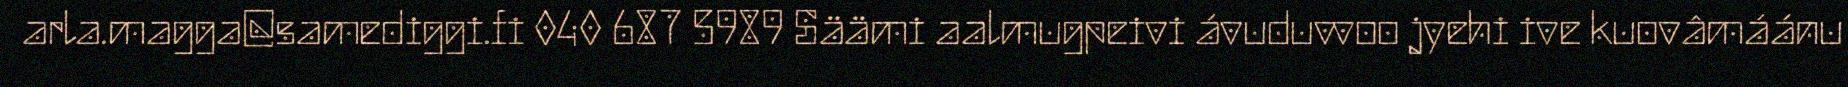
arla.magga@samediggi.fi 040 687 5989 Säämi aalmugpeivi ávuduvvoo jyehi ive kuovâmáánu